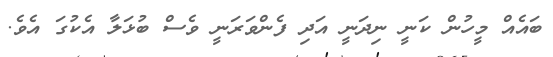
ބައެއް މީހުން ކަނީ ނިދަނީ އަދި ފެންވަރަނީ ވެސް ބުޅަލާ އެކުގަ އެވެ.